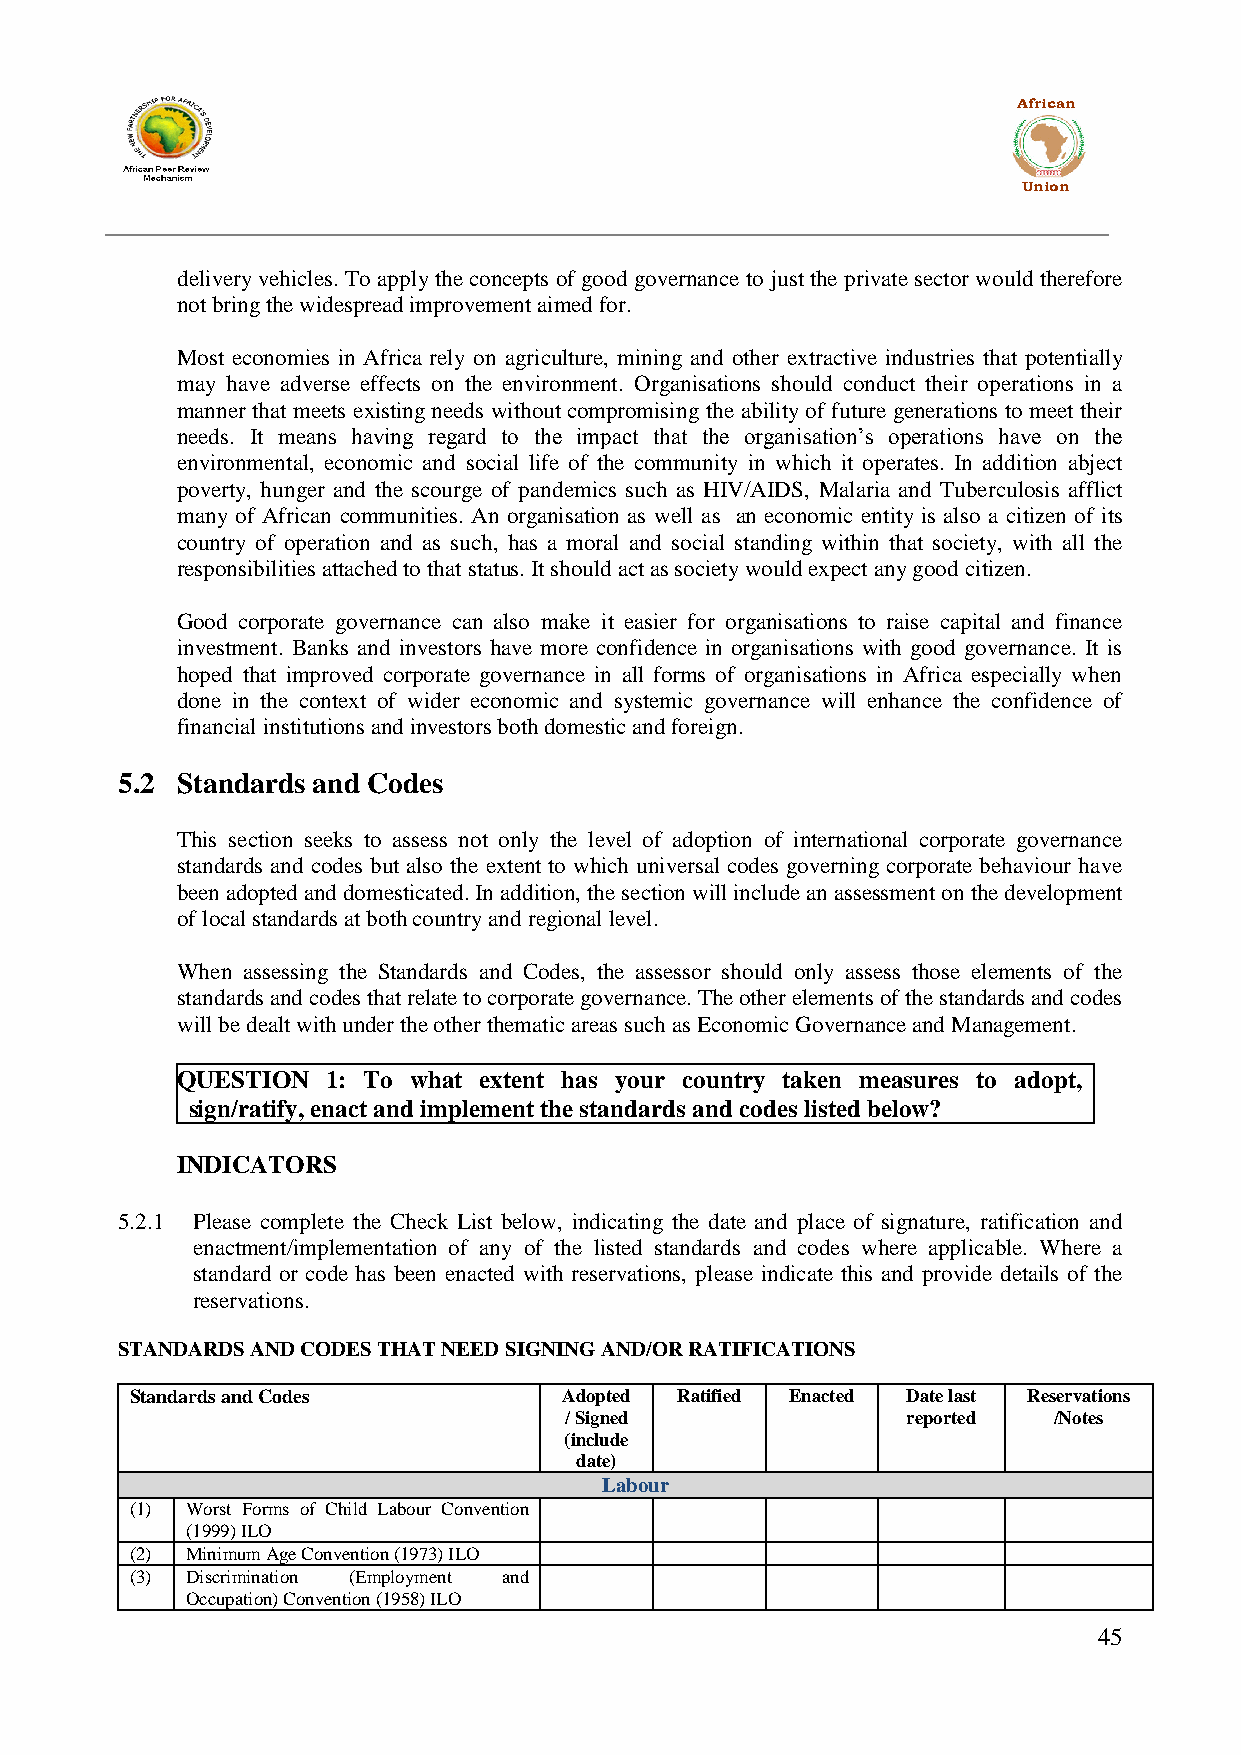
African
 Union
 delivery vehicles. To apply the concepts of good governance to just the private sector would therefore
 not bring the widespread improvement aimed for.
 Most economies in Africa rely on agriculture, mining and other extractive industries that potentially
 may have adverse effects on the environment. Organisations should conduct their operations in a
 manner that meets existing needs without compromising the ability of future generations to meet their
 needs. It means having regard to the impact that the organisation‟s operations have on the
 environmental, economic and social life of the community in which it operates. In addition abject
 poverty, hunger and the scourge of pandemics such as HIV/AIDS, Malaria and Tuberculosis afflict
 many of African communities. An organisation as well as an economic entity is also a citizen of its
 country of operation and as such, has a moral and social standing within that society, with all the
 responsibilities attached to that status. It should act as society would expect any good citizen.
 Good corporate governance can also make it easier for organisations to raise capital and finance
 investment. Banks and investors have more confidence in organisations with good governance. It is
 hoped that improved corporate governance in all forms of organisations in Africa especially when
 done in the context of wider economic and systemic governance will enhance the confidence of
 financial institutions and investors both domestic and foreign.
 5.2 Standards and Codes
 This section seeks to assess not only the level of adoption of international corporate governance
 standards and codes but also the extent to which universal codes governing corporate behaviour have
 been adopted and domesticated. In addition, the section will include an assessment on the development
 of local standards at both country and regional level.
 When assessing the Standards and Codes, the assessor should only assess those elements of the
 standards and codes that relate to corporate governance. The other elements of the standards and codes
 will be dealt with under the other thematic areas such as Economic Governance and Management.
 QUESTION  1: To what extent has your country taken measures to adopt,
 sign/ratify, enact and implement the standards and codes listed below?
 INDICATORS
 5.2.1 Please complete the Check List below, indicating the date and place of signature, ratification and
 enactment/implementation of any of the listed standards and codes where applicable. Where a
 standard or code has been enacted with reservations, please indicate this and provide details of the
 reservations.
 STANDARDS AND CODES THAT NEED SIGNING AND/OR RATIFICATIONS
 Standards and Codes         Adopted Ratified Enacted Date last Reservations
 / Signed               reported  /Notes
 (include
 date)
 Labour
 (1) Worst Forms of Child Labour Convention
 (1999) ILO
 (2) Minimum Age Convention (1973) ILO
 (3) Discrimination (Employment and
 Occupation) Convention (1958) ILO
 45